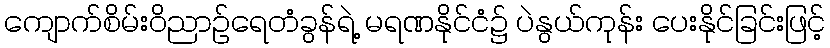
ကျောက်စိမ်းဝိညာဉ်ရေတံခွန်ရဲ့ မရဏနိုင်ငံ၌ ပဲနွယ်ကုန်း ပေးနိုင်ခြင်းဖြင့်